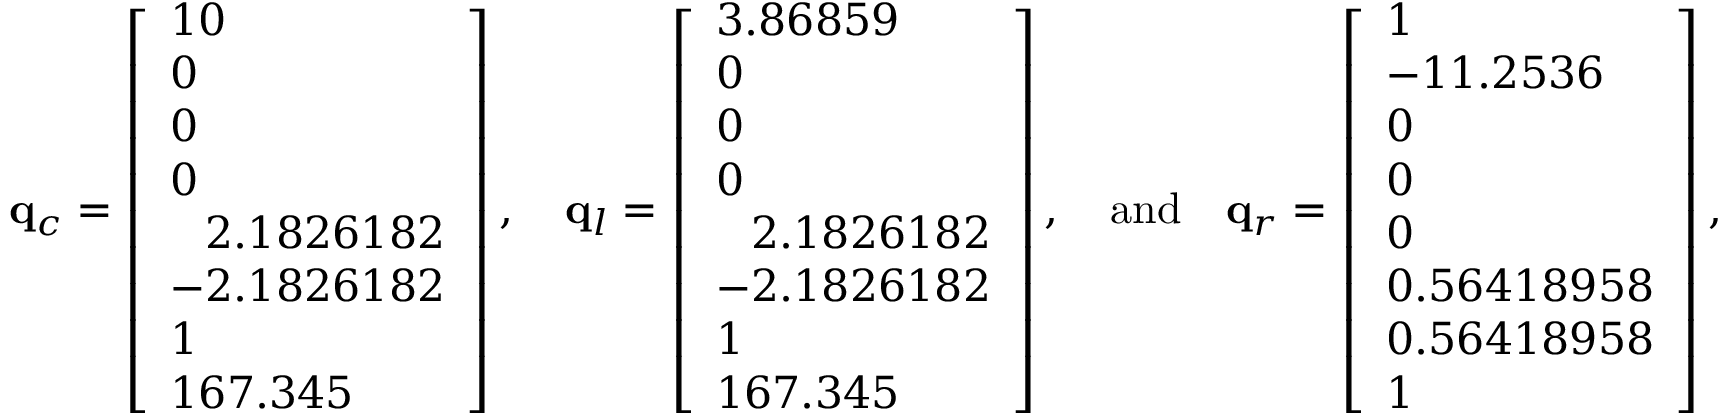
\mathbf { q } _ { c } = \left[ \begin{array} { l } { 1 0 } \\ { 0 } \\ { 0 } \\ { 0 } \\ { \phantom { - } 2 . 1 8 2 6 1 8 2 } \\ { - 2 . 1 8 2 6 1 8 2 } \\ { 1 } \\ { 1 6 7 . 3 4 5 } \end{array} \right] , \quad \mathbf { q } _ { l } = \left[ \begin{array} { l } { 3 . 8 6 8 5 9 } \\ { 0 } \\ { 0 } \\ { 0 } \\ { \phantom { - } 2 . 1 8 2 6 1 8 2 } \\ { - 2 . 1 8 2 6 1 8 2 } \\ { 1 } \\ { 1 6 7 . 3 4 5 } \end{array} \right] , \quad \mathrm { a n d } \quad \mathbf { q } _ { r } = \left[ \begin{array} { l } { 1 } \\ { - 1 1 . 2 5 3 6 } \\ { 0 } \\ { 0 } \\ { 0 } \\ { 0 . 5 6 4 1 8 9 5 8 } \\ { 0 . 5 6 4 1 8 9 5 8 } \\ { 1 } \end{array} \right] ,